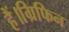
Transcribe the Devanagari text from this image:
हैं।ग्रिफिन